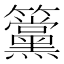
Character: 𥸈